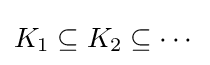
K_{1}\subseteq K_{2}\subseteq \cdots